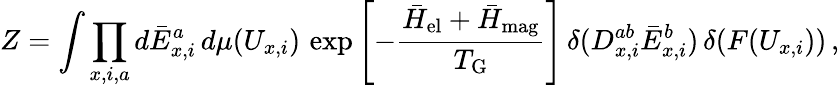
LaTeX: Z=\int\prod_{x,i,a}d\bar{E}_{x,i}^{a}\, d\mu(U_{x,i})\, \exp\left[-{\frac{\bar{H}_{\mathrm{el}}+\bar{H}_{\mathrm{mag}}}{T_{\mathrm{G}}}}\right]\, \delta(D_{x,i}^{ab}\bar{E}_{x,i}^{b})\, \delta(F(U_{x,i}))\, ,